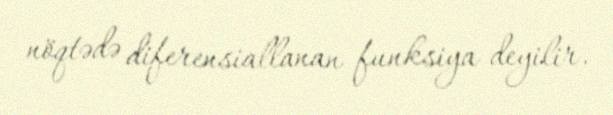
nöqtədə diferensiallanan funksiya deyilir.